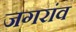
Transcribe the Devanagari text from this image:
जगरांव